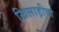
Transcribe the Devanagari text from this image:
खिलाड़ीयां